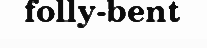
folly-bent